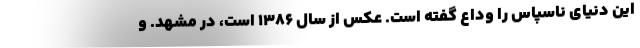
این دنیای ناسپاس را وداع گفته است. عکس از سال ۱۳۸۶ است، در مشهد. و